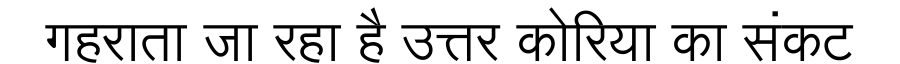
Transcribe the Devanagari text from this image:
गहराता जा रहा है उत्तर कोरिया का संकट